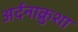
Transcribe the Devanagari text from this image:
अर्दनाक्रुशा